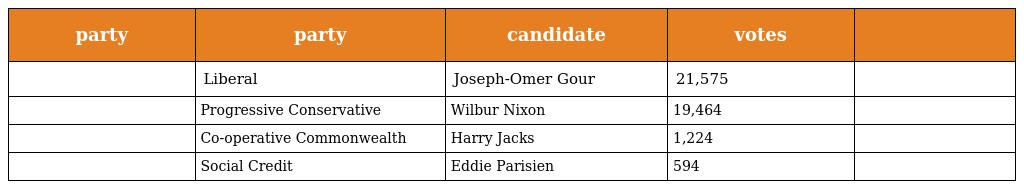
| party | party | candidate | votes |  |
 | --- | --- | --- | --- | --- |
 |  | Liberal | Joseph-Omer Gour | 21,575 |  |
 |  | Progressive Conservative | Wilbur Nixon | 19,464 |  |
 |  | Co-operative Commonwealth | Harry Jacks | 1,224 |  |
 |  | Social Credit | Eddie Parisien | 594 |  |